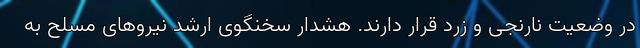
در وضعیت نارنجی و زرد قرار دارند. هشدار سخنگوی ارشد نیروهای مسلح به